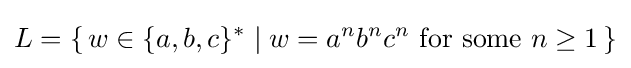
L=\{\,w\in \{a,b,c\}^{*}\mid w=a^{n}b^{n}c^{n}{\mbox{ for some }}n\geq 1\,\}